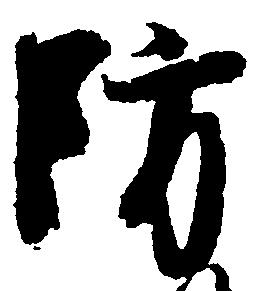
防